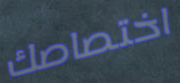
اختصاصك